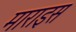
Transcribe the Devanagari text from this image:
माराइस